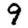
Digit: 9